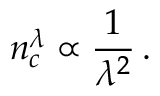
n _ { c } ^ { \lambda } \propto \frac { 1 } { \lambda ^ { 2 } } \, .